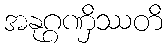
အနုဂ္ဂဏှိဿတိ